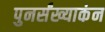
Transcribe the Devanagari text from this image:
पुनर्संख्याकंन